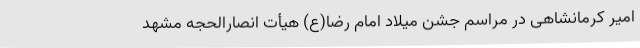
امیر کرمانشاهی در مراسم جشن میلاد امام رضا(ع) هیأت انصارالحجه مشهد